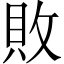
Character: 敗